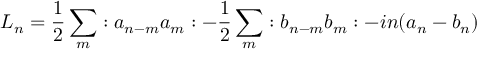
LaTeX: L _ { n } = { \frac 1 2 } \sum _ { m } : a _ { n - m } a _ { m } : - { \frac 1 2 } \sum _ { m } : b _ { n - m } b _ { m } : - i n ( a _ { n } - b _ { n } )